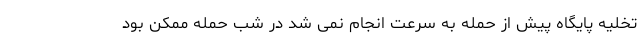
تخلیه پایگاه پیش از حمله به سرعت انجام نمی شد در شب حمله ممکن بود